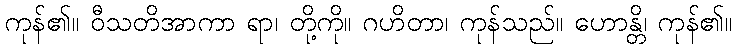
ကုန်၏။ ဝီသတိအာကာ ရာ၊ တို့ကို။ ဂဟိတာ၊ ကုန်သည်။ ဟောန္တိ၊ ကုန်၏။